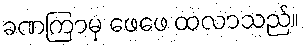
ခဏကြာမှ ဖေဖေ ထလာသည်။